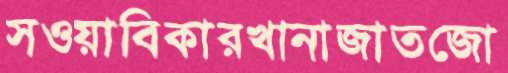
সওয়াবিকারখানাজাতজো